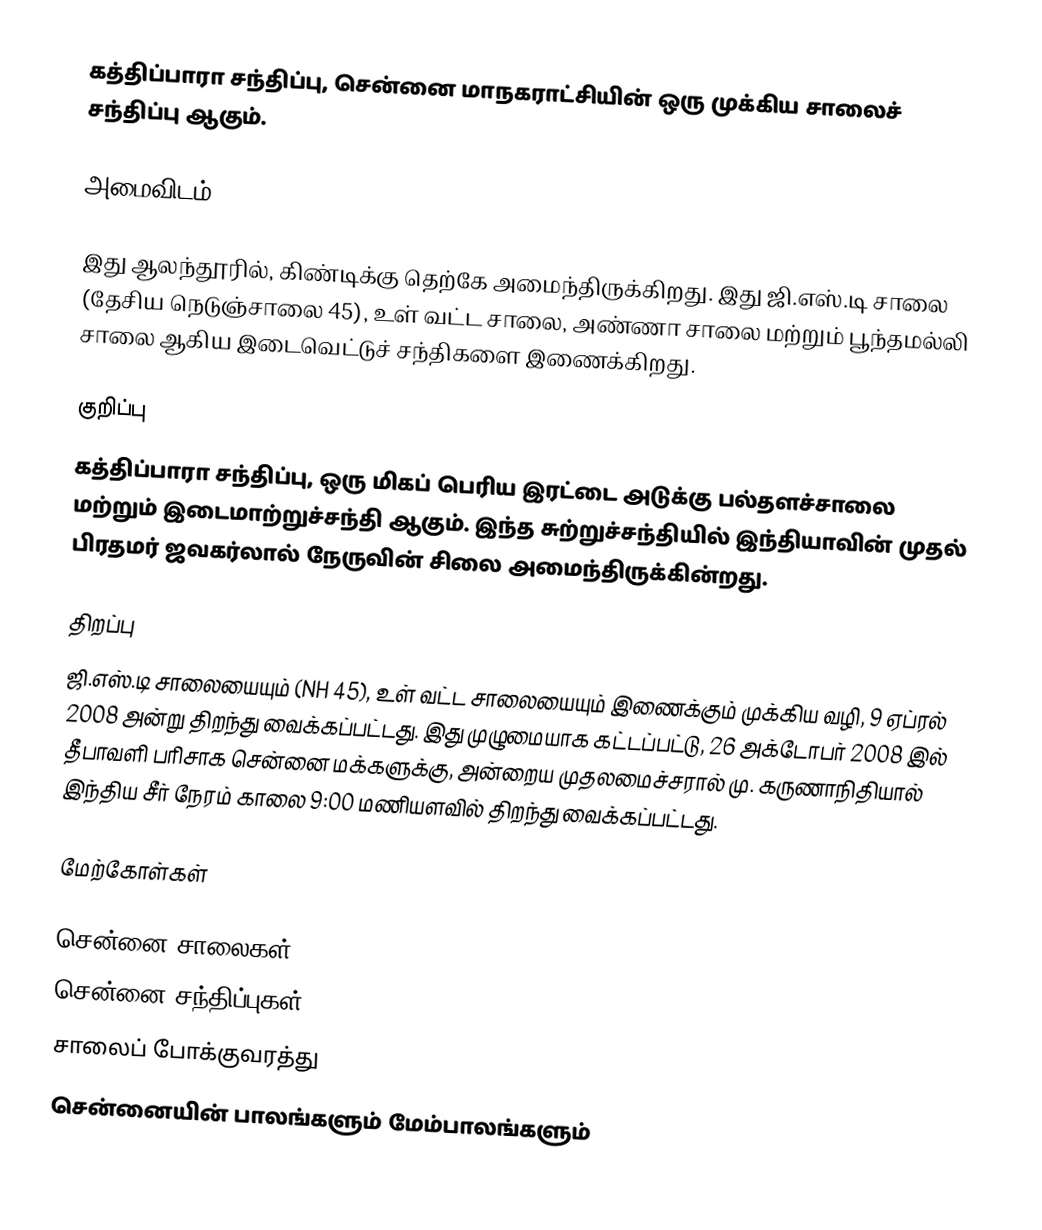
கத்திப்பாரா சந்திப்பு, சென்னை மாநகராட்சியின் ஒரு முக்கிய சாலைச் சந்திப்பு ஆகும்.

அமைவிடம்

இது ஆலந்தூரில், கிண்டிக்கு தெற்கே அமைந்திருக்கிறது. இது ஜி.எஸ்.டி சாலை (தேசிய நெடுஞ்சாலை 45), உள் வட்ட சாலை, அண்ணா சாலை மற்றும் பூந்தமல்லி சாலை ஆகிய இடைவெட்டுச் சந்திகளை இணைக்கிறது.

குறிப்பு
கத்திப்பாரா சந்திப்பு, ஒரு மிகப் பெரிய இரட்டை அடுக்கு பல்தளச்சாலை மற்றும் இடைமாற்றுச்சந்தி ஆகும். இந்த சுற்றுச்சந்தியில் இந்தியாவின் முதல் பிரதமர் ஜவகர்லால் நேருவின் சிலை அமைந்திருக்கின்றது.

திறப்பு
ஜி.எஸ்.டி சாலையையும் (NH 45), உள் வட்ட சாலையையும் இணைக்கும் முக்கிய வழி, 9 ஏப்ரல் 2008 அன்று திறந்து வைக்கப்பட்டது. இது முழுமையாக கட்டப்பட்டு, 26 அக்டோபர் 2008 இல் தீபாவளி பரிசாக சென்னை மக்களுக்கு, அன்றைய  முதலமைச்சரால் மு. கருணாநிதியால் இந்திய சீர் நேரம் காலை 9:00 மணியளவில் திறந்து வைக்கப்பட்டது.

மேற்கோள்கள்

சென்னை சாலைகள்
சென்னை சந்திப்புகள்
சாலைப் போக்குவரத்து
சென்னையின் பாலங்களும் மேம்பாலங்களும்